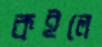
কইলে